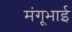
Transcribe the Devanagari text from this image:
मंगूभाई